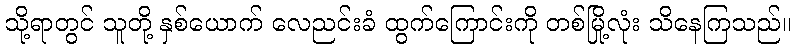
သို့ရာတွင် သူတို့ နှစ်ယောက် လေညင်းခံ ထွက်ကြောင်းကို တစ်မြို့လုံး သိနေကြသည်။